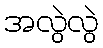
အလွဲလွဲ